Annual statistical returns and brief notes on vaccination in Bengal - 1896-1909
Year: 1896
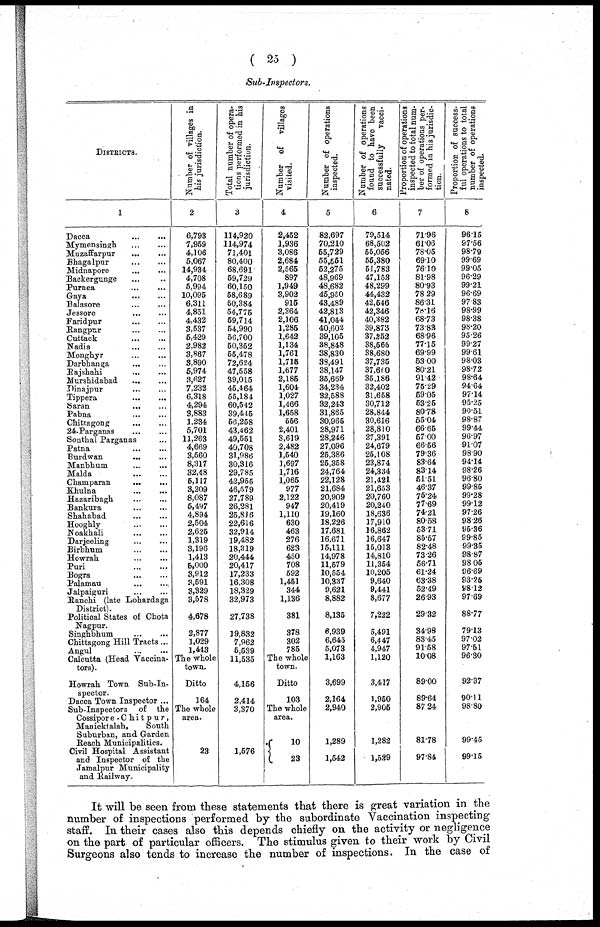
( 25 )
Sub-Inspectors.
DISTRICTS.
1
Dacca
...
...
Mymensingh
...
...
Muzaffarpur
...
...
Bhagalpur
...
...
Midnapore
...
...
Backergunge ... ...
Purnea ... ...
Gaya ... ...
Balasore
...
...
Jessore
...
...
Faridpur
...
...
Rangpur
...
...
Cuttack
...
...
Nadia
...
...
Monghyr
...
...
Darbhanga
...
...
Rajshahi
...
...
Murshidabad
...
...
Dinajpur ... ...
Tippera
...
...
Saran
... ...
Pabna
...
...
Chittagong
...
...
24-Parganas
...
...
Sonthal Parganas ...
Patna ... ...
Burdwan
... ...
Manbhum ... ...
Malda
... ...
Champaran
...
...
Khulna ... ...
Hazaribagh ... ...
Banktira ... ...
Shahabad
...
...
Hooghly
...
...
Noakhali ... ...
Darjeeling
...
...
Birbhum ... ...
Howrah
...
...
Puri ... ...
Bogra
...
...
Palamau
...
...
Jalpaiguri
...
...
Ranchi (late Lohardaga
District).
Political States of Chota
Nagpur.
Singhbhum
...
...
Chittagong Hill Tracts...
Angul
...
...
Calcutta (Head Vaccina-
tors).
Howrah Town Sub-In-
spector.
Dacca Town Inspector ...
Sub-Inspectors of the
Cossipore -Chitpur,
Manicktalah,
South
Suburban, and Garden
Reach Municipalities.
Civil Hospital Assistant
and Inspector of the
Jamalpur Municipality
and Railway.
Number of villages in
his jurisdiction.
2
6,793
7,959
4,106
5,067
14,934
4,708
5,994
10,095
6,311
4,851
4,432
3,537
5,429
2,982
3,867
3,890
5,974
3,627
7,232
6,318
4,294
3,883
1,234
5,701
11,263
4,669
3,560
8,317
32,48
5,117
3,209
8,087
5,497
4,894
2,504
2,625
1,319
3,196
1,413
5,000
3,912
3,591
3,329
3,578
4,678
2,877
1,029
1,413
The whole
town.
Ditto
164
The whole
area.
23
Total number of opera-
tions performed in his
jurisdiction.
3
114,920
114,974
71,401
80,400
68,691
59,729
60,150
58,689
50,384
54,775
69,714
54,990
56,700
50,352
55,478
72,624
47,558
39,015
45,464
55,184
60,542
39,445
56,258
43,462
49,551
40,708
31,986
30,316
29,785
42,955
46,579
27,789
26,281
25,816
22,616
32,914
19,482
18,319
20,444
20,417
17,233
16,308
18,329
32,973
27,738
19,832
7,962
5,539
11,535
4,156
2,414
3,370
1,576
Number of villages
visited.
4
2,452
1,936
3,086
2,684
2,565
897
1,949
3,902
915
2,364
2,106
1,285
1,642
1,134
1,761
1,715
1,677
2,185
1,604
1,027
1,466
1,658
556
2,401
3,619
2,482
1,540
1,697
1,716
1,065
977
2,122
947
1,110
630
463
276
623
450
708
592
1,451
344
1,136
381
378
302
785
The whole
town.
Ditto
103
The whole
area.
10
23
Number of operations
inspected.
5
82,697
70,210
55,729
55,551
52,275
48,969
48,682
46,950
43,489
42,813
41,044
40,602
39,105
38,848
38,830
38,491
38,147
35,669
34,234
32,588
32,243
31,865
30,965
28,971
28,246
27,096
25,386
25,358
24,764
22,128
21,684
20,909
20,419
19,160
18,226
17,681
16,671
15,111
14,978
11,579
10,554
10,337
9,621
8,882
8,135
6,939
6,645
5,073
1,163
3,699
2,164
2,940
1,289
1,542
Number of operations
found to have been
successfully
vacci-
nated.
6
79,514
68,502
55,056
55,380
51,783
47,153
48,299
44,432
42,546
42,346
40,382
39,873
37,252
38,565
38,680
37,735
37,660
35,186
32,402
31,658
30,712
28,844
30,616
28,810
27,391
24,679
25,108
23,874
24,334
21,421
21,653
20,760
20,240
18,636
17,910
16,862
16,647
15,013
14,810
11,354
10,205
9,640
9,441
8,677
7,222
5,491
6,447
4,947
1,120
3,417
1,950
2,905
1,282
1,529
Proportion of operations
inspected to total num-
ber of operations per-
--rmed in his jurisdic-
tion.
7
71.96
61.06
78.05
69.10
76.10
81.98
80.93
78.29
86.31
78.16
68.73
73.83
68.96
77.15
69.99
53.00
80.21
91.42
75.29
59.05
53.25
80.78
55.04
66.65
57.00
66.56
79.36
83.64
83.14
51.51
46.37
75.24
77.69
74.21
80.58
53.71
85.57
82.48
73.26
56.71
61.24
63.38
52.49
26.93
29.32
34.98
83.45
91.58
10.08
89.00
89.64
87.24
81.78
97.84
Proportion of success-
--l operations to total
number of operations
inspected.
8
96.15
97.56
98.79
99.69
99.05
96.29
99.21
96.69
97.83
98.99
98.38
98.20
95.26
99.27
99.61
98.03
98.72
98.64
94.64
97.14
95.25
90.51
98.87
99.44
96.97
91.07
98.90
94.14
98.26
96.80
99.85
99.28
99.12
97.26
98.26
95.36
99.85
99.35
98.87
98.05
96.69
93.25
98.12
97.69
88.77
79.13
97.02
97.51
96.30
92.37
90.11
98.80
99.45
99.15
It will be seen from these statements that there is great variation in the
number of inspections performed by the subordinate Vaccination inspecting
staff. In their cases also this depends chiefly on the activity or negligence
on the part of particular officers. The stimulus given to their work by Civil
Surgeons also tends to increase the number of inspections. In the case of